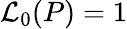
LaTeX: \mathcal{L}_{0}(P)=1